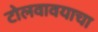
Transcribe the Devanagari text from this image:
टोलवावयाचा